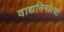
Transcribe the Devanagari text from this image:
वाद्यनिर्मात्या